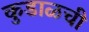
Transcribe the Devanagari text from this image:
कुडाळची